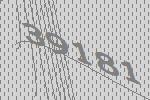
39181